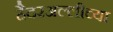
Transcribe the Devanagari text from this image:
हैदरअल्लीच्या